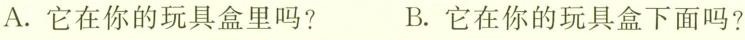
A.它在你的玩具盒里吗? B.它在你的玩具盒下面吗?